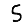
Digit: 5